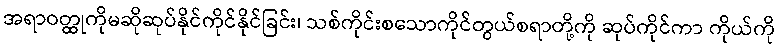
အရာဝတ္ထုကိုမဆိုဆုပ်နိုင်ကိုင်နိုင်ခြင်း၊ သစ်ကိုင်းစသောကိုင်တွယ်စရာတို့ကို ဆုပ်ကိုင်ကာ ကိုယ်ကို